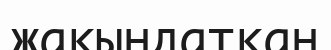
жақындатқан